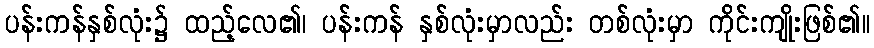
ပန်းကန်နှစ်လုံး၌ ထည့်လေ၏၊ ပန်းကန် နှစ်လုံးမှာလည်း တစ်လုံးမှာ ကိုင်းကျိုးဖြစ်၏။